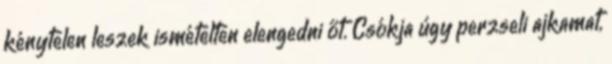
kénytelen leszek ismételten elengedni őt. Csókja úgy perzseli ajkamat,